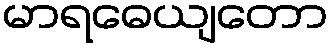
မာရဓေယျတော